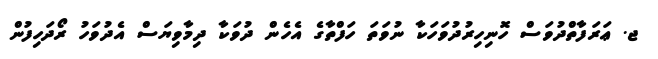
ޖ. ޢަރަފާތްދުވަސް ހޮނިހިރުދުވަހަކާ ނުވަތަ ހަފްތާގެ އެހެން ދުވަކާ ދިމާވިޔަސް އެދުވަހު ރޯދަހިފުން